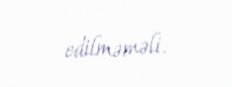
edilməməli.